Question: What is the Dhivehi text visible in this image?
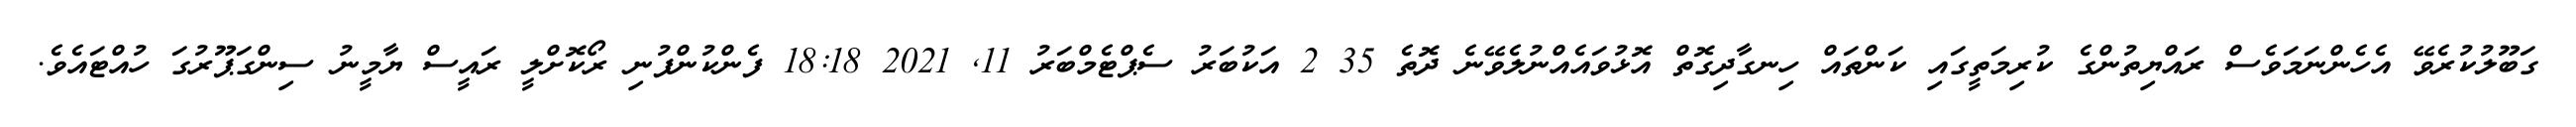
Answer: ގަބޫލުކުރެވޭ އެހެންނަމަވެސް ރައްޔިތުންގެ ކުރިމަތީގައި ކަންތައް ހިނގާދިގޮތް އޮޅުވައެއްނުލެވޭނެ ދޮތެ 35 2 އަކުބަރު ސެޕްޓެމްބަރު 11, 2021 18:18 ފެންކުންފުނި ރޯކޮށްލީ ރައީސް ޔާމީނު ސިންގަޕޫރުގަ ހުއްޓައެވެ.